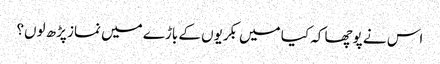
اس نے پوچھا کہ کیا میں بکریوں کے باڑے میں نماز پڑھ لوں؟